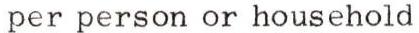
per person or household